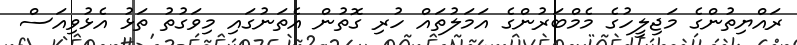
ރައްޔިތުންގެ މަޖިލީހުގެ މެމްބަރުންގެ އަމަލުތައް ހުރި ގޮތުން އެތަނުގައި މިވަގުތު ތަޅު އެޅުވިއަސް